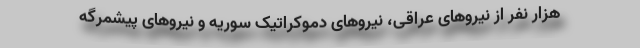
هزار نفر از نیروهای عراقی، نیروهای دموکراتیک سوریه و نیروهای پیشمرگه